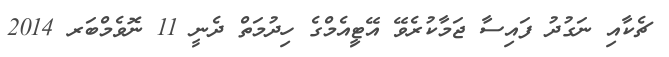
ޗެކާއި ނަގުދު ފައިސާ ޖަމާކުރެވޭ އޭޓިީއެމްގެ ހިދުމަތް ދެނީ 11 ނޮވެމްބަރ 2014